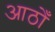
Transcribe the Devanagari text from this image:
आठोँ